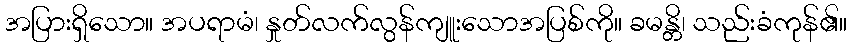
အပြားရှိသော။ အပရာမံ၊ နှုတ်လက်လွန်ကျူးသောအပြစ်ကို။ ခမန္တိ၊ သည်းခံကုန်၏။